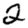
Digit: 2